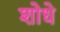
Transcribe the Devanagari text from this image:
शोधे